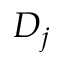
D _ { j }